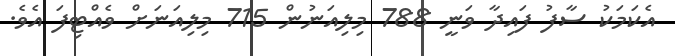
އެކަމަކު ސާފު ފައިދާ ވަނީ 788 މިލިއަނުން 715 މިލިއަނަށް ވެއްޓިފަ އެވެ.